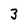
Character: 3